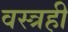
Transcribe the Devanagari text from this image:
वस्त्रही